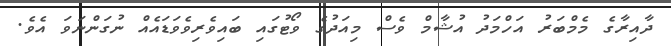
ދާއިރާގެ މެމްބަރު އަހްމަދު އުޝާމް ވެސް މިއަދުގެ ވޯޓުގައި ބައިވެރިވެވަޑައެއް ނުގަންނަވަ އެވެ.